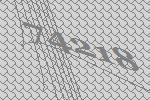
74218